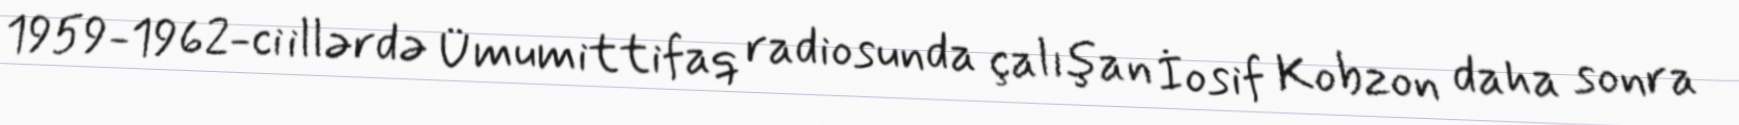
1959-1962-ci illərdə Ümumittifaq radiosunda çalışan İosif Kobzon daha sonra